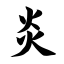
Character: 炎